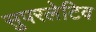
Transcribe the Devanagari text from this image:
सुपरलेटिव